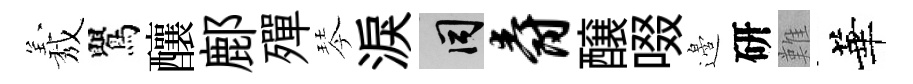
𦏁鸎釀鄜殫琴淚间爵醸啜邉研難華